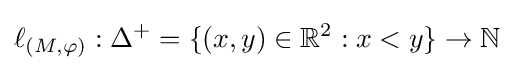
\ell _{(M,\varphi )}:\Delta ^{+}=\{(x,y)\in \mathbb {R} ^{2}:x<y\}\to \mathbb {N}